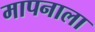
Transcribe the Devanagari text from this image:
मापनाला